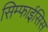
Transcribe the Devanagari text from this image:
सिम्फाईसिस